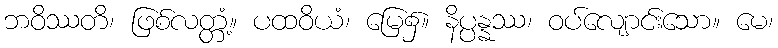
ဘဝိဿတိ၊ ဖြစ်လတ္တံ့။ ပထဝိယံ၊ မြေ၌။ နိပ္ပန္နဿ၊ ဝပ်လျောင်းသော။ မေ၊